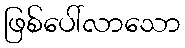
ဖြစ်ပေါ်လာသော